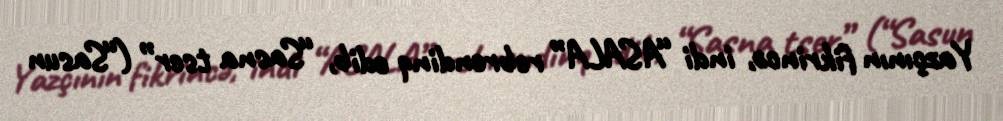
Yazçının fikrincə, indi “ASALA” rebrendinq edib, “Sasna tser” (“Sasun